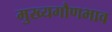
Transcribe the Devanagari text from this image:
मुख्यगौणभाव